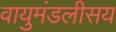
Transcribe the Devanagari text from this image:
वायुमंडलीसय